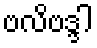
ဗလိဗဒ္ဒါ